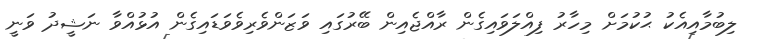
ލިބުމާއިއެކު ޙުކުމަށް މިހާރު ފިއްލަވައިގެން ރާއްޖެއިން ބޭރުގައި ވަޒަންވެރިވެވަޑައިގެން އުޅުއްވާ ނަޝީދު ވަނީ